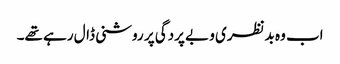
اب وہ بدنظری و بے پردگی پر روشنی ڈال رہے تھے۔